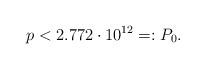
LaTeX: \begin{align*} p < 2{.}772 \cdot 10^{12} =: P_0.\end{align*}